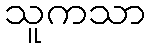
သူကသာ